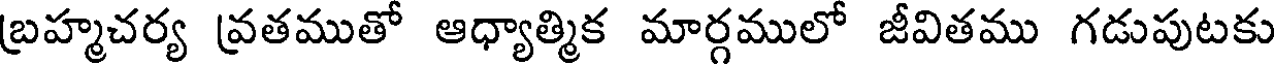
బ్రహ్మచర్య వ్రతముతో ఆధ్యాత్మిక మార్గములో జీవితము గడుపుటకు